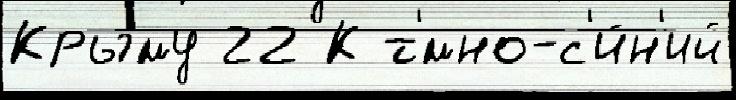
Крыму 22 К т'́мно-с'и́н'ий